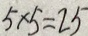
5 \times 5 = 2 5